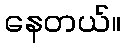
နေတယ်။